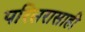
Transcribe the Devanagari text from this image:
परिसरासाही